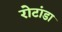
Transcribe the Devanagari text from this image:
रोटांडा